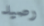
رصيد